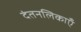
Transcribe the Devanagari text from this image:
दंतनलिकाएँ